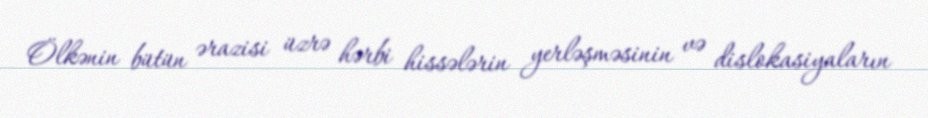
Ölkənin bütün ərazisi üzrə hərbi hissələrin yerləşməsinin və dislokasiyaların